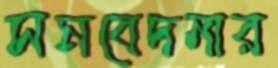
সমবেদনার